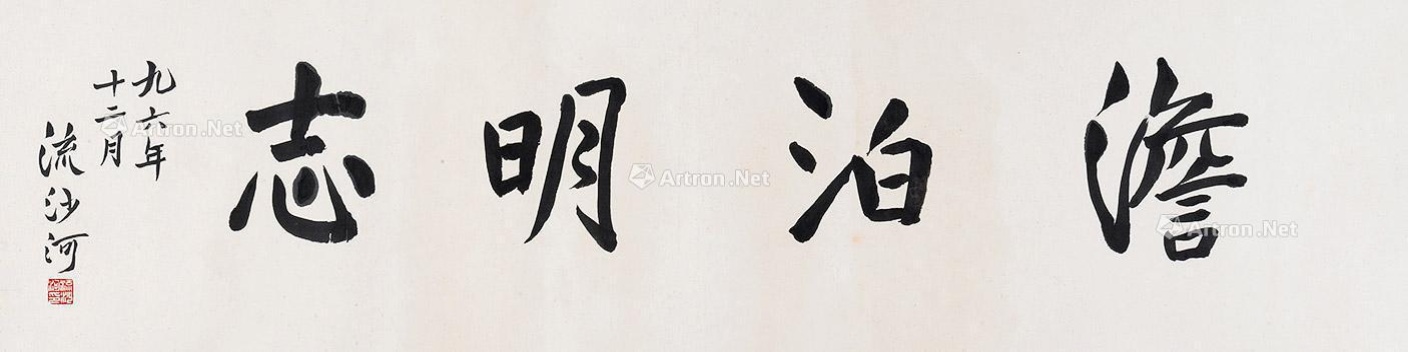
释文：澹泊明志九六年十二月 流沙河